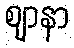
ဈာနာ